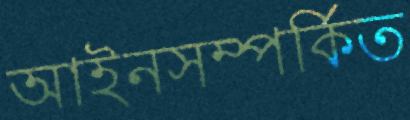
আইনসম্পর্কিত